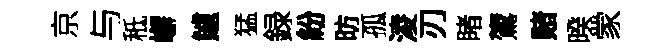
京与秪嶰鱸猛録紛昉孤淩刃睹鷟赌暌䝉